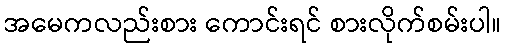
အမေကလည်းစား ကောင်းရင် စားလိုက်စမ်းပါ။